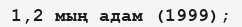
1,2 мың адам (1999);